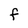
Character: F